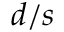
d / s